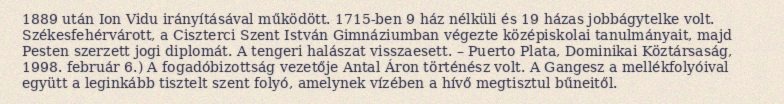
1889 után Ion Vidu irányításával működött. 1715-ben 9 ház nélküli és 19 házas jobbágytelke volt. Székesfehérvárott, a Ciszterci Szent István Gimnáziumban végezte középiskolai tanulmányait, majd Pesten szerzett jogi diplomát. A tengeri halászat visszaesett. – Puerto Plata, Dominikai Köztársaság, 1998. február 6.) A fogadóbizottság vezetője Antal Áron történész volt. A Gangesz a mellékfolyóival együtt a leginkább tisztelt szent folyó, amelynek vízében a hívő megtisztul bűneitől.